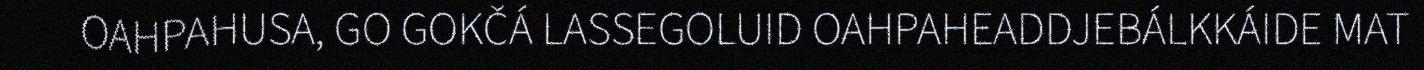
OAHPAHUSA, GO GOKČÁ LASSEGOLUID OAHPAHEADDJEBÁLKKÁIDE MAT